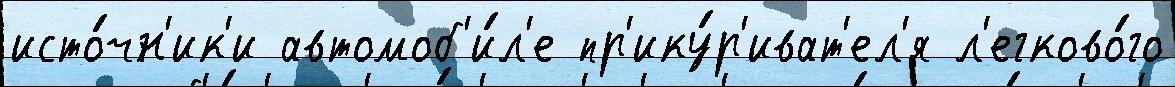
исто́чн'ик'и автомоб'и́л'е пр'ику́р'иват'ел'я л'егково́го